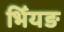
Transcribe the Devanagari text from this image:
भिँयङ